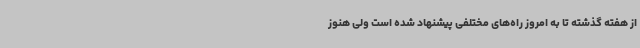
از هفته گذشته تا به امروز راه‌های مختلفی پیشنهاد شده است ولی هنوز